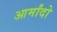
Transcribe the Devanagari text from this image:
आर्मांदो